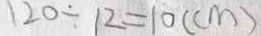
1 2 0 \div 1 2 = 1 0 ( c m )